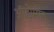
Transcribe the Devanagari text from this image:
ऑटोमोन